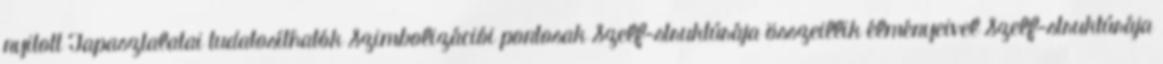
nyitott Tapasztalatai tudatosíthatók Szimbolizációi pontosak Szelf-struktúrája összeillik élményeivel Szelf-struktúrája